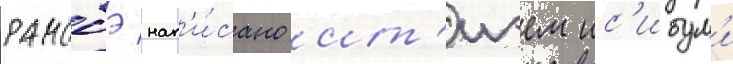
Ранобэ нап'и́сано ит'иэем ис'ибум'и